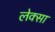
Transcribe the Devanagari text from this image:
लेक्सा